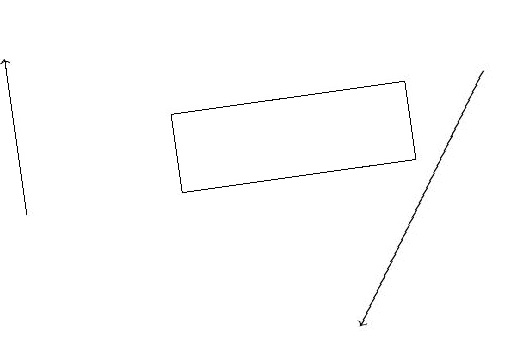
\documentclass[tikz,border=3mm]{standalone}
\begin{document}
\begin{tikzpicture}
\draw[->] (7,16) -- (5,13);
\draw[->] (1,15) -- (1,17);
\draw (3,16) rectangle (6,15);
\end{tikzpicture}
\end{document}